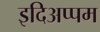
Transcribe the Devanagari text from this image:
इदिअप्पम